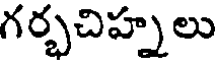
గర్భచిహ్నలు